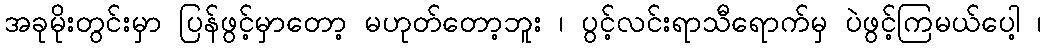
အခုမိုးတွင်းမှာ ပြန်ဖွင့်မှာတော့ မဟုတ်တော့ဘူး ၊ ပွင့်လင်းရာသီရောက်မှ ပဲဖွင့်ကြမယ်ပေါ့ ၊